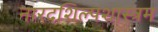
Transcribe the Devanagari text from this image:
नारदशिल्पशास्त्रम